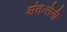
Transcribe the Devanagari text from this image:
अंतःरोगी